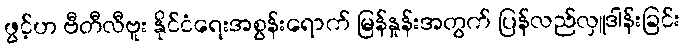
ဖွင့်ဟ ဗီတီလီဗူး နိုင်ငံရေးအစွန်းရောက် မြန်နှုန်းအတွက် ပြန်လည်လှူဒါန်းခြင်း